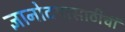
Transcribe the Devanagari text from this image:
ज्ञानोदयासाठीची